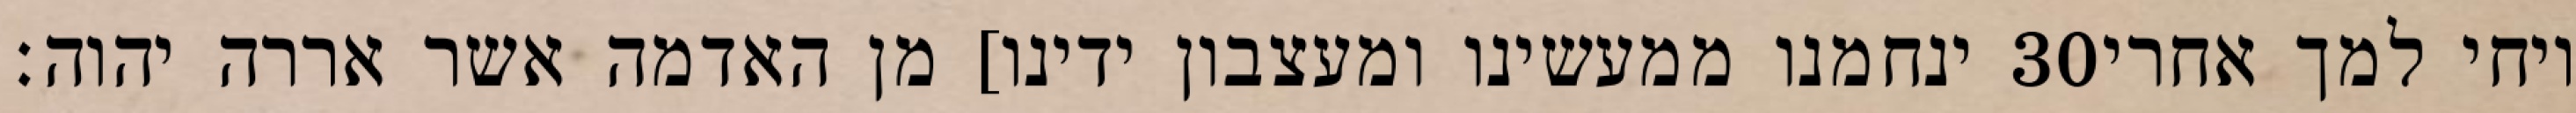
ינחמנו ממעשינו ומעצבון ידינו] מן האדמה אשר אררה יהוה׃ ‎30‏ ויחי למך אחרי